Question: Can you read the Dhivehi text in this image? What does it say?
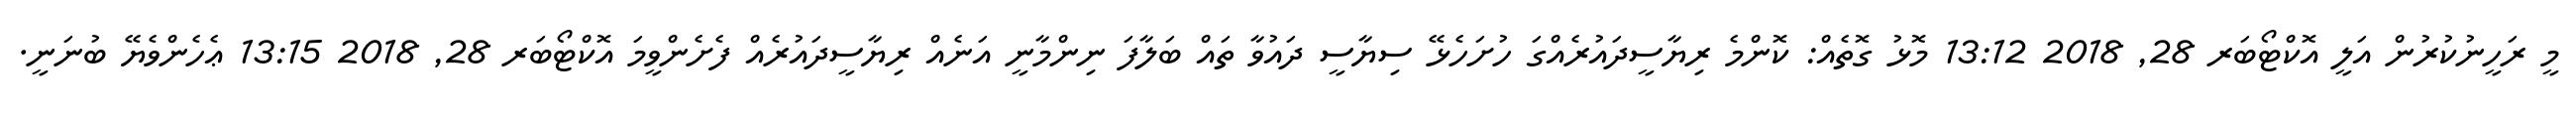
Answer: މީ ރަހީނުކުރުން އަލީ އޮކްޓޯބަރ 28, 2018 13:12 މޮޅު ގޮތެއް: ކޮންމެ ރިޔާސީދައުރެއްގަ ހުށަހެޅޭ ސިޔާސީ ދައުވާ ތައް ބަލާފަ ނިންމާނީ އަނެއް ރިޔާސީދައުރެއް ފެށެންވީމަ އޮކްޓޯބަރ 28, 2018 13:15 ޢެހެންވެޔޭ ބުނަނީ.